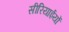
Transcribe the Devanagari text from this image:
सीरियाईयों